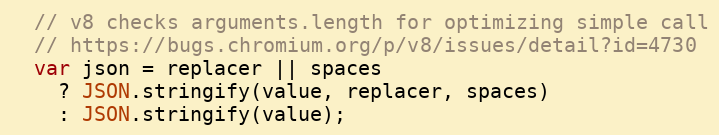
Language: JavaScript
  // v8 checks arguments.length for optimizing simple call
  // https://bugs.chromium.org/p/v8/issues/detail?id=4730
  var json = replacer || spaces
    ? JSON.stringify(value, replacer, spaces)
    : JSON.stringify(value);